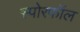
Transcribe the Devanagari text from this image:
स्पोरफॉल